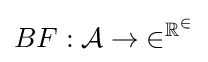
BF:{\cal {{A}\rightarrow 2^{\mathbb {R} ^{2}}}}